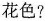
花色?